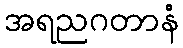
အရညဂတာနံ